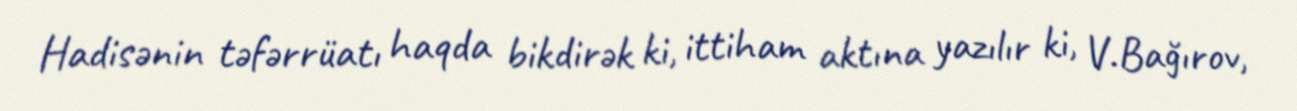
Hadisənin təfərrüatı haqda bikdirək ki, ittiham aktına yazılır ki, V.Bağırov,